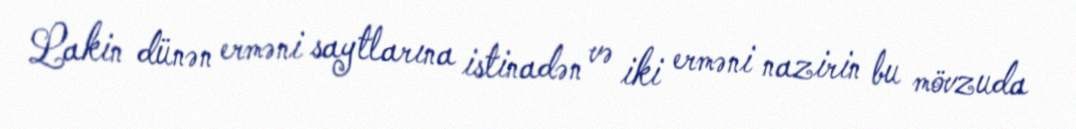
Lakin dünən erməni saytlarına istinadən və iki erməni nazirin bu mövzuda